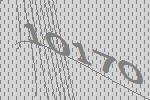
10170